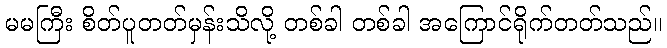
မမကြီး စိတ်ပူတတ်မှန်းသိလို့ တစ်ခါ တစ်ခါ အကြောင်ရိုက်တတ်သည်။